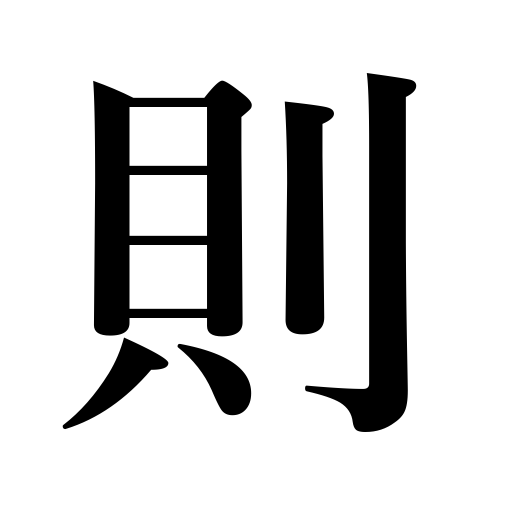
Meanings: follow precedent,model after,be based on,go by,live up to,be in accordance with